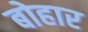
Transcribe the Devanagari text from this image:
बोहार